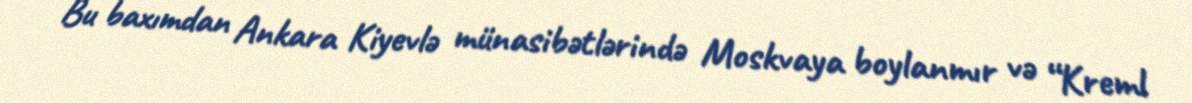
Bu baxımdan Ankara Kiyevlə münasibətlərində Moskvaya boylanmır və “Kreml